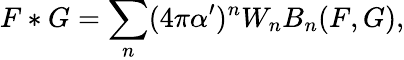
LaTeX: F*G=\sum_{n}(4\pi\alpha^{\prime})^{n}W_{n}B_{n}(F,G),